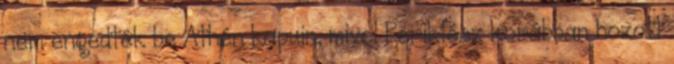
nem engedték be Athén kapuin, mivel Periklész korábban hozott